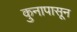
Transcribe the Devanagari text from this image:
कुनापासून